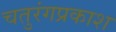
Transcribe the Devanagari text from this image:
चतुरंगप्रकाश